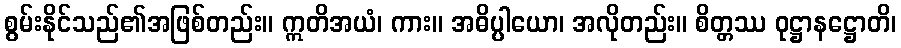
စွမ်းနိုင်သည်၏အဖြစ်တည်း။ ဣတိအယံ၊ ကား။ အဓိပ္ပါယော၊ အလိုတည်း။ စိတ္တဿ ဝုဋ္ဌာနဋ္ဌောတိ၊